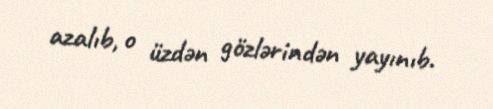
azalıb, o üzdən gözlərindən yayınıb.